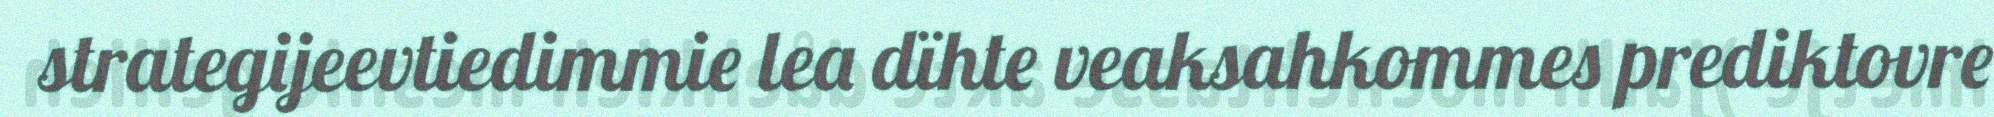
strategijeevtiedimmie lea dïhte veaksahkommes prediktovre